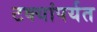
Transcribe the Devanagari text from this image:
टक्यांपर्यत